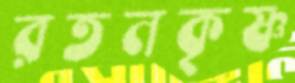
রতনকৃষ্ণ